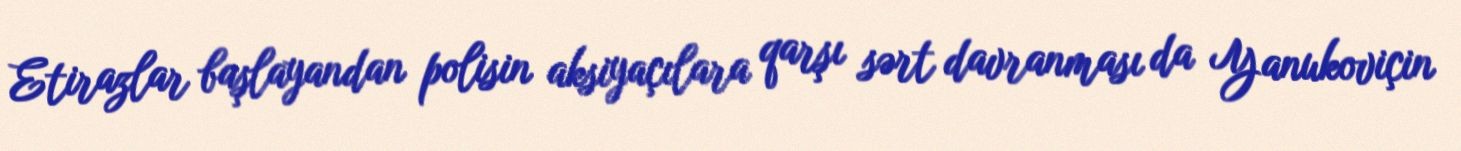
Etirazlar başlayandan polisin aksiyaçılara qarşı sərt davranması da Yanukoviçin